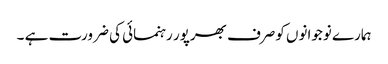
ہمارے نوجوانوں کوصرف بھرپور رہنمائی کی ضرورت ہے ۔